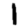
Digit: 1